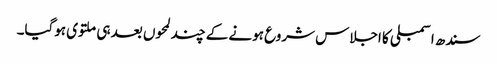
سندھ اسمبلی کا اجلاس شروع ہونے کے چند لمحوں بعد ہی ملتوی ہوگیا۔